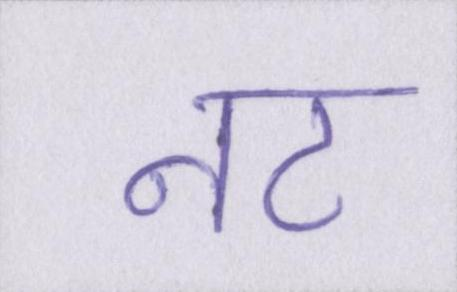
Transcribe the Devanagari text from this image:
नट